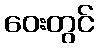
ဝေးတွင်